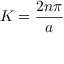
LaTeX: K = { \frac { 2 n \pi } { a } }